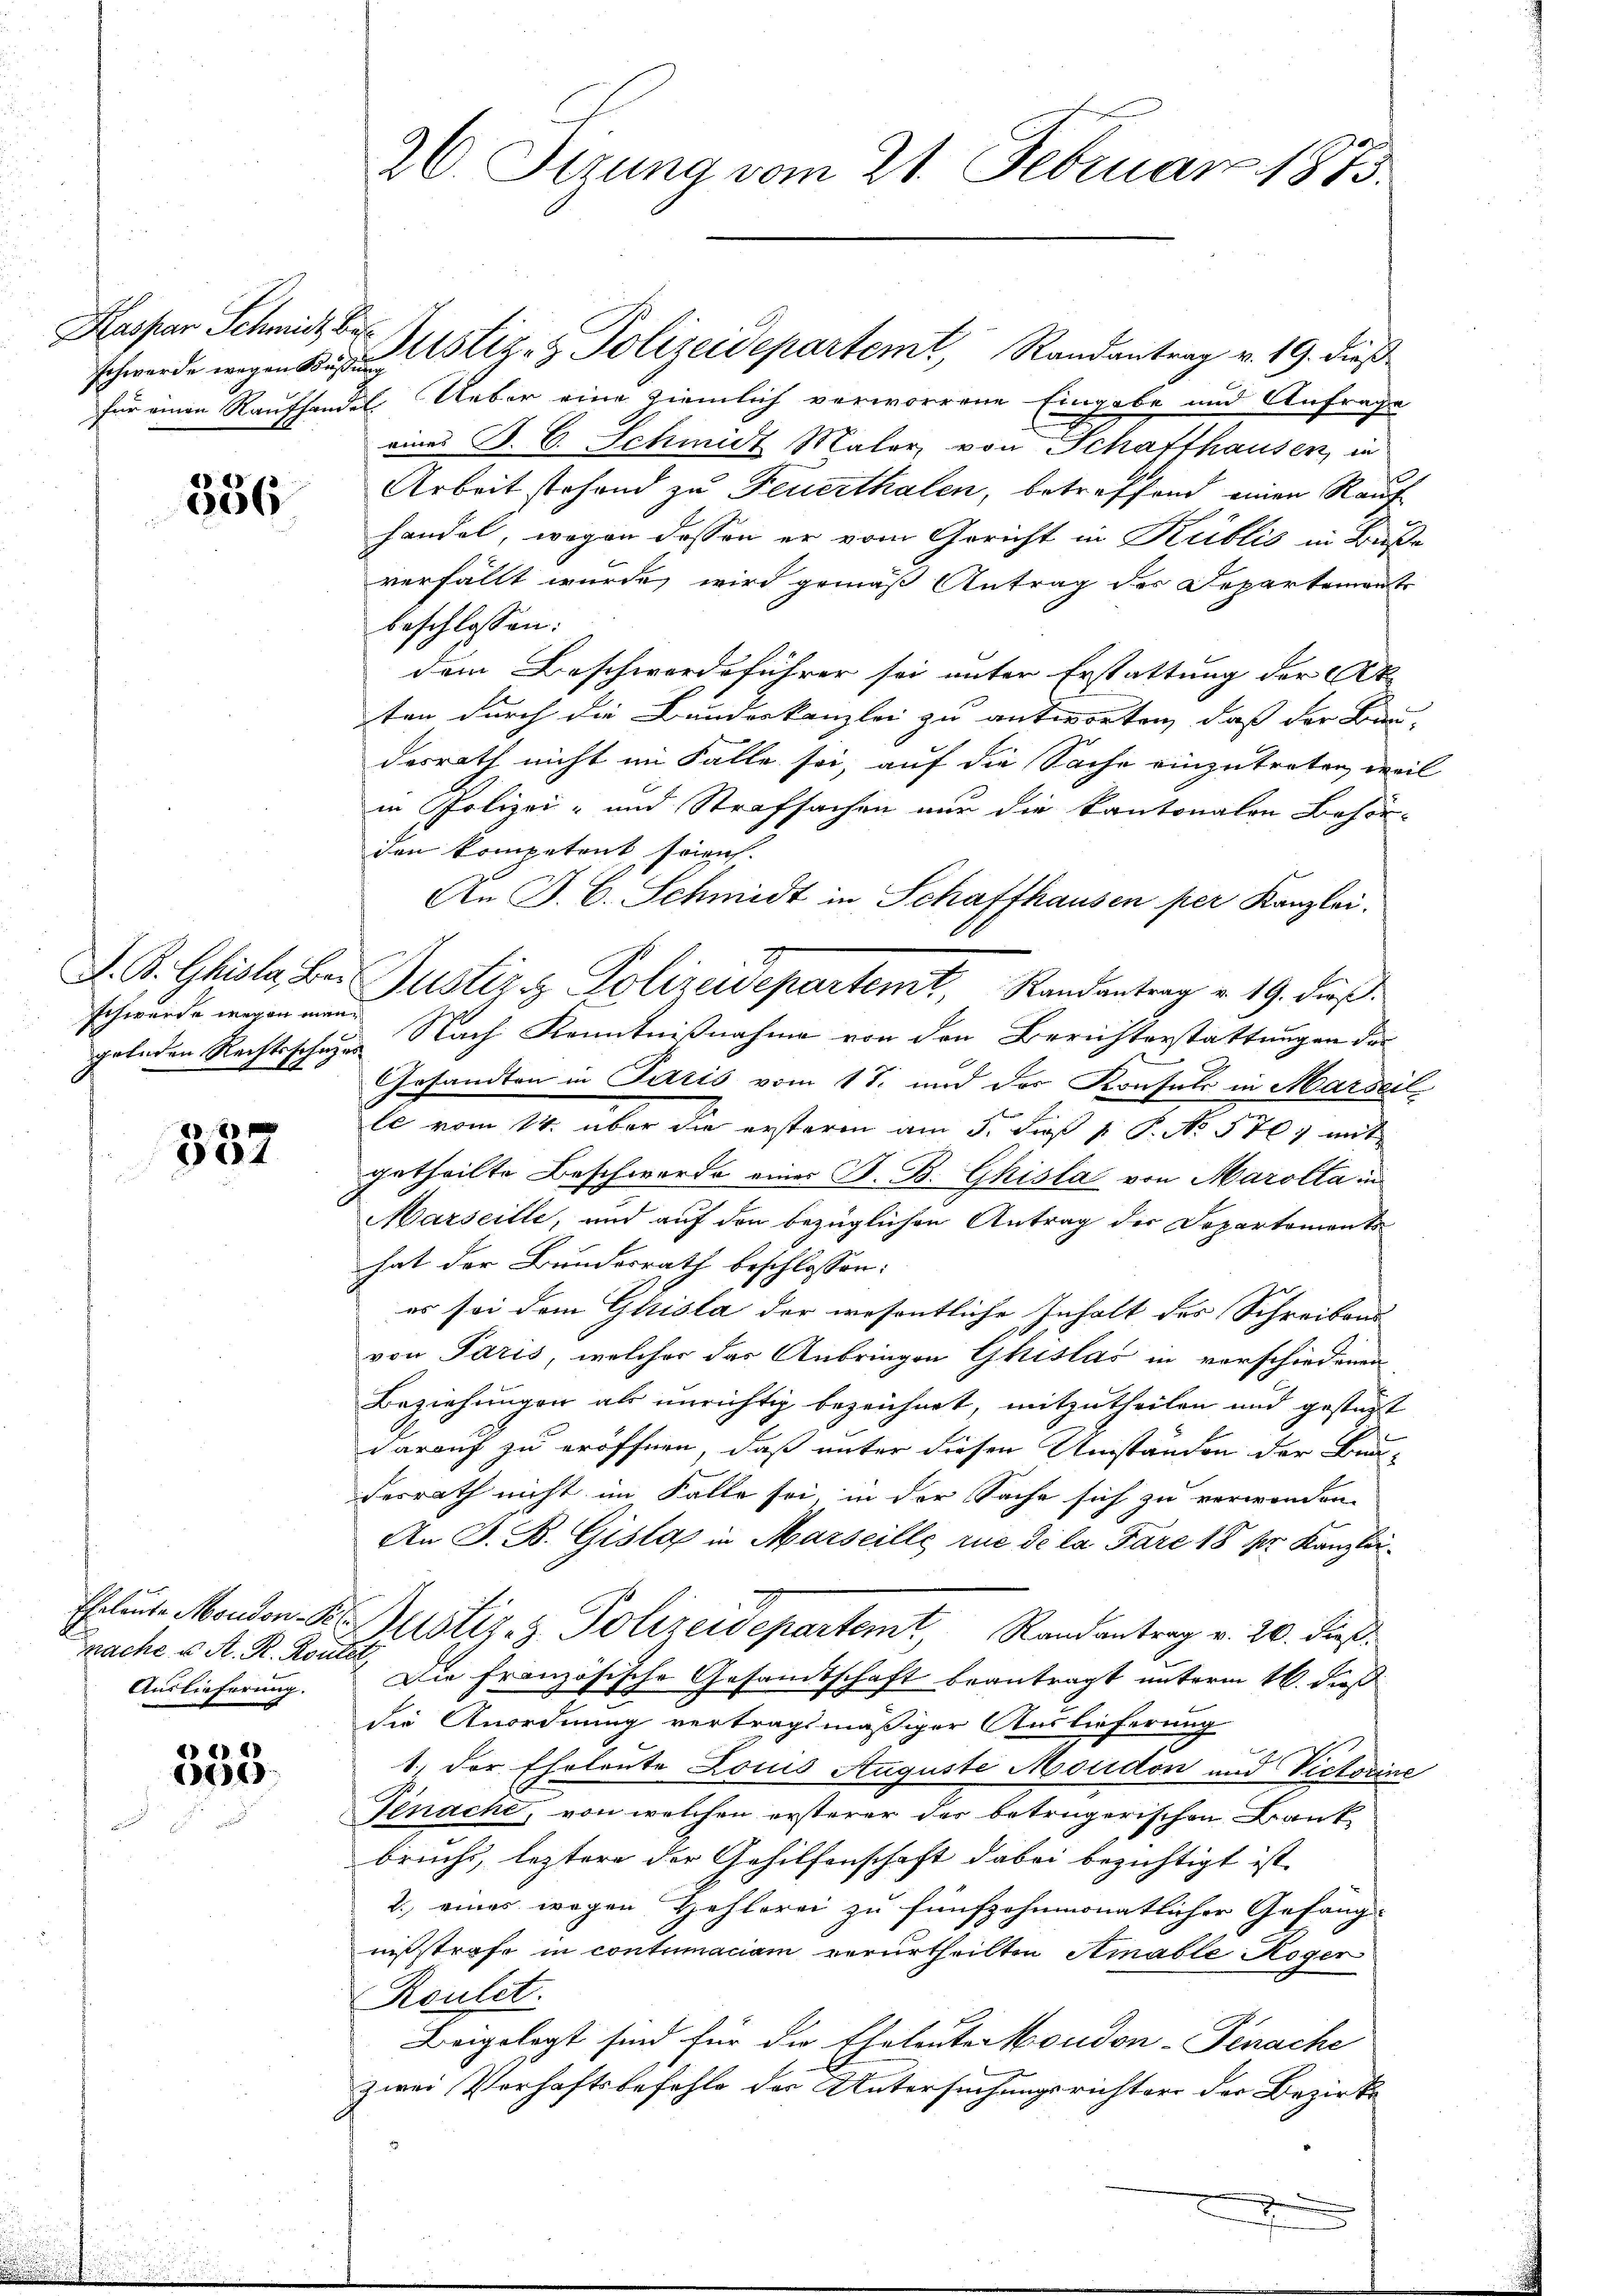
Kaspar Schmidt, Bes

356

schwerde wegen mangelnden Rechtsschuzes

357

Frache u. A. R. Routes
Auslieferung.

2) E
169

26. Sizung vom 21. Februar 1873.

schwerde wegen Kustiz- & Polizeidepartemt, Randantrag v. 19. dieß
für einen Raufhandel Ueber eine ziemlich verworrene Eingabe und Anfrage
eines P. C. Schmidt Maler von Schaffhausen, in
Arbeit stehend zu Feuerthalen, betreffend einen Raufhandel, wegen dessen er vom Gericht in Küblis in Buße
verfällt wurde, wird gemäß Antrag der Departemente
beschlossen:
dem Beschwordeführer sei unter Erstattung der Ak
ten durch die Bandeskanzlei zu antworten, daß der Bau-
desrath nicht im Falle sei, auf die Sache einzutreten, weil
in Polizei- und Strafsachen nur die kantonalen Behörden kompetent so leich
An J. C. Schmidt in Schaffhausen per Kanzlei.
Nach Kenntnißnahme von den Berichterstattungen der
Gesandten in Paris vom 17. und des Konsuls in Marseil
le vom 14. über die ersteren am 5. dieß v. P. No 570 mit
getheilte Beschwerde einer B. B. Ghisla von Marolta in
Marseille, und auf den bezüglichen Antrag der Departements
hat der Bundesrath beschlossen:
es sei dem Glisla der wesentliche Inhalt des Schreibens
von Paris, welcher das Anbringen Ghislas in vorschiedenen
Beziehungen als unrichtig bezeichnet, mitzutheilen und gestüzt
darauf zu eröffnen, daß unter diesen Umständen der Bra
desrath nicht im Falle sei, in der Sache sich zu verwenden.
An J. B. Gista in Marseille rue de la Pare 18 pr. Kanzli¬
Eheleute Moudon-Kostiz- & Polizeidepartemt, Randantrag v. 20. dieß.
Die französische Gesamtschaft beantragt unterm 16. dieß
die Anordnung vertragsmäßiger Auslieferung
1., der Eheleute Louis Auguste Moudon und Victorine
Tinacht, von welchen ersterer der betrügerischen Bank
brucht, leztere der Gehilfenschaft dabei bezichtigt ist,
2.) eines wegen Hehlerei zu fünfzehnmonatlicher Gefäng-
nißstrafe in contumaciam verurtheilten Amable Reger
Roulet
Beigelegt sind für die Eheleute Moudon-Penache
zwei Verhaftsbefehle der Untersuchungsrichter der Bezirks
d

F. B. Ghisla bei Justiz & Polizeidepartemt, Randantrag v. 19. dieß